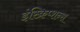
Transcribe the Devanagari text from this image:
इंस्क्रिप्शन्स